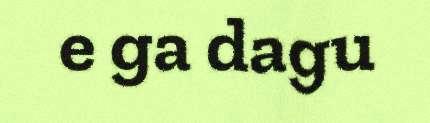
e ga dagu